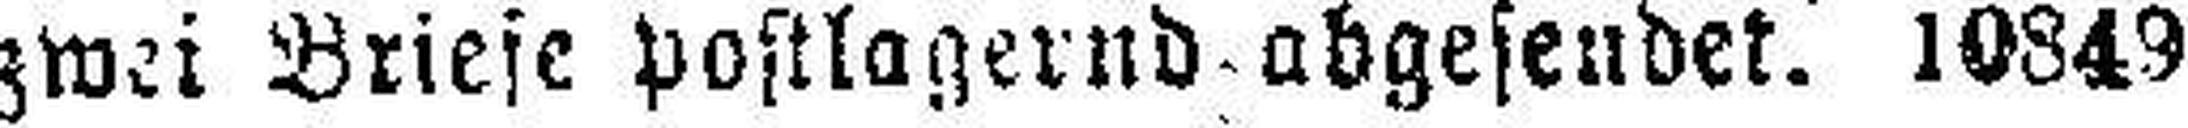
zwei Briefe postlagernd abgesendet. 10849